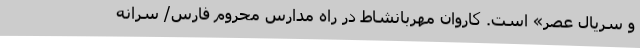
و سریال عصر» است. کاروان مهربانشاط در راه مدارس محروم فارس/ سرانه